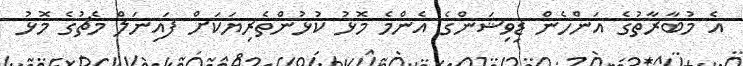
އެ މުބާރާތުގެ އަންހެން ޑިވިޝަންގެ އެންމެ މޮޅު ކުޅުންތެރިޔަކަށް ފައިނަލް މެޗުގެ މޮޅު